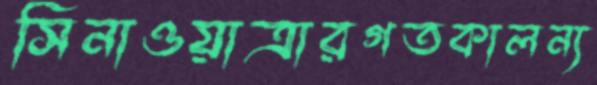
সিনাওয়াত্রারগতকালন্য